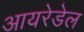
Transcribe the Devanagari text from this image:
आयरेडेल